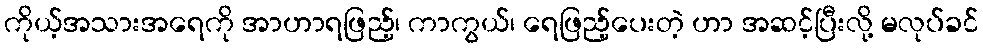
ကိုယ့်အသားအရေကို အာဟာရဖြည့်၊ ကာကွယ်၊ ရေဖြည့်ပေးတဲ့ ဟာ အဆင့်ပြီးလို့ မလုပ်ခင်